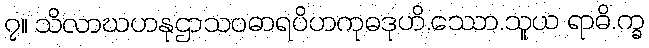
၇။ သိလာဃဟနုဌာသပဓာရပိဟကုဓဒုဟိ.ဿော.သူယ ရာဓိ.က္ခ